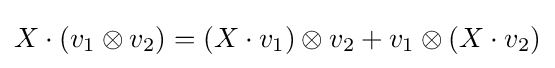
X\cdot (v_{1}\otimes v_{2})=(X\cdot v_{1})\otimes v_{2}+v_{1}\otimes (X\cdot v_{2})